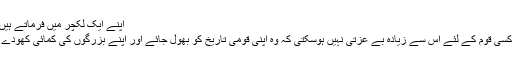
اپنے ایک لکچر میں فرماتے ہیں :
’’کسی قوم کے لئے اس سے زیادہ بے عزتی نہیں ہوسکتی کہ وہ اپنی قومی تاریخ کو بھول جائے اور اپنے بزرگوں کی کمائی کھودے‘‘۔